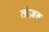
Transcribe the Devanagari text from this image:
तोज़क